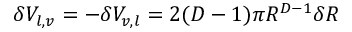
\delta V _ { l , v } = - \delta V _ { v , l } = 2 ( D - 1 ) \pi R ^ { D - 1 } \delta R